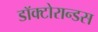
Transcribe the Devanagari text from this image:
डॉक्टोरान्डस